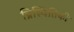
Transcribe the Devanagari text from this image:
प्रिस्थितिकी